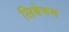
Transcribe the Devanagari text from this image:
लिबेरुम